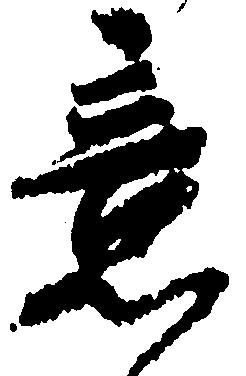
意